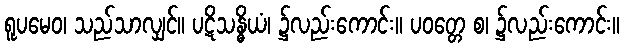
ရူပမေဝ၊ သည်သာလျှင်။ ပဋိသန္ဓိယံ၊ ၌လည်းကောင်း။ ပဝတ္တေ စ၊ ၌လည်းကောင်း။